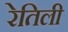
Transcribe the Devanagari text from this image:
रेतिली